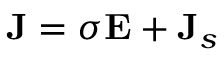
{ \bf J } = \sigma { \bf E } + { \bf J } _ { s }